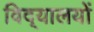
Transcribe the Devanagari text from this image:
विद्‌यालयों